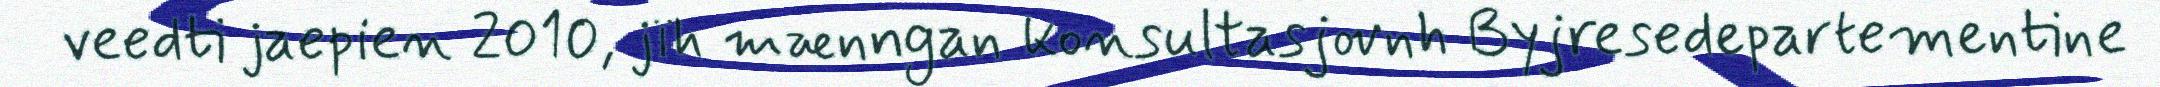
veedti jaepien 2010, jïh mænngan konsultasjovnh Byjresedepartementine